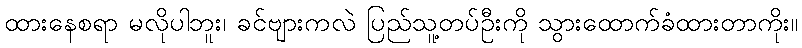
ထားနေစရာ မလိုပါဘူး၊ ခင်ဗျားကလဲ ပြည်သူ့တပ်ဦးကို သွားထောက်ခံထားတာကိုး။